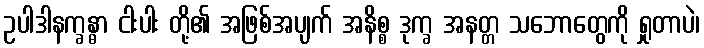
ဥပါဒါနက္ခန္ဓာ ငါးပါး တို့၏ အဖြစ်အပျက် အနိစ္စ ဒုက္ခ အနတ္တ သဘောတွေကို ရှုတာပဲ၊